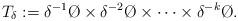
LaTeX: \begin{align*}T_{\delta} := \delta^{-1} \O \times \delta^{-2} \O \times \dots \times \delta^{-k} \O.\end{align*}